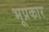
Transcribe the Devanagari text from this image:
भूप्रकार